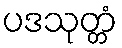
ပဒသုတ္တံ